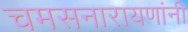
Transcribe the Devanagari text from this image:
चमसनारायणांनी